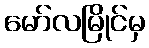
မော်လမြိုင်မှ